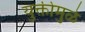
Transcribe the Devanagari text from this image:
युक्तीमुळे